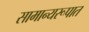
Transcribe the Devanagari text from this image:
सामान्यरूपात